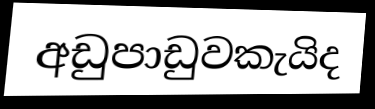
අඩුපාඩුවකැයිද